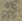
Text: NE555